Note on the mental hospitals in Burma - 1925-1940
Year: 1925
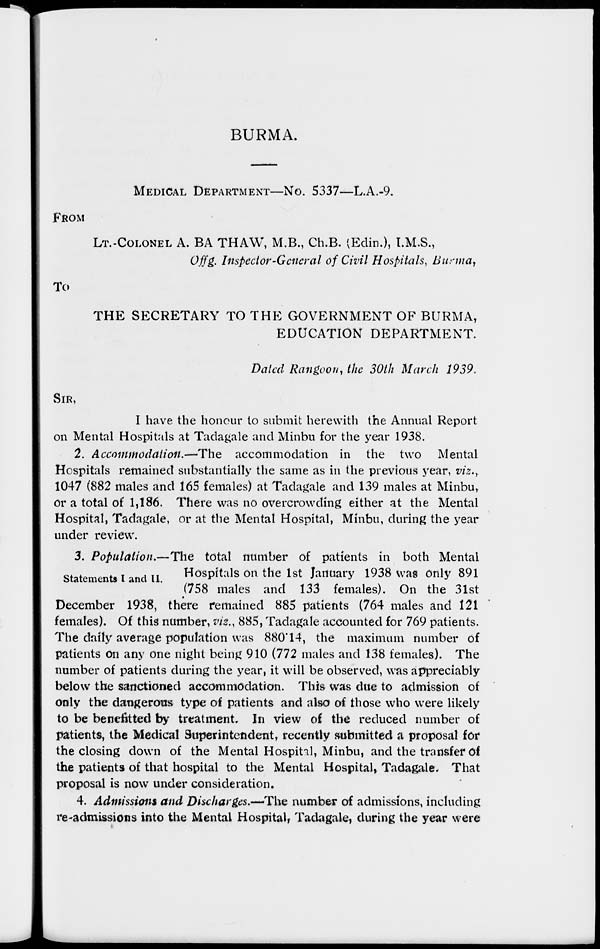
BURMA.
MEDICAL DEPARTMENT—No. 5337—L.A.-9.
FROM
LT.-COLONEL A. BA THAW, M.B., Ch.B. (Edin.), I.M.S.,
Offg. Inspector-General of Civil Hospitals, Burma,
To
THE SECRETARY TO THE GOVERNMENT OF BURMA,
EDUCATION DEPARTMENT.
Dated Rangoon, the 30th March 1939.
SIR,
I have the honour to submit herewith the Annual Report
on Mental Hospitals at Tadagale and Minbu for the year 1938.
2. Accommodation.—The
accommodation in the two Mental
Hospitals remained substantially the same as in the previous year, viz..,
1047 (882 males and 165 females) at Tadagale and 139 males at Minbu,
or a total of 1,186. There was no overcrowding either at the Mental
Hospital, Tadagale, or at the Mental Hospital, Minbu, during the year
under review.
3. Population.—The total number of patients in both Mental
Statements I and II.
Hospitals on the 1st January 1938 was only 891
(758 males and 133 females). On the 31st
December 1938, there remained 885 patients (764 males and 121
females). Of this number, viz., 885, Tadagale accounted for 769 patients.
The daily average population was 880.14, the maximum number of
patients on any one night being 910 (772 males and 138 females). The
number of patients during the year, it will be observed, was appreciably
below the sanctioned accommodation. This was due to admission of
only the dangerous type of patients and also of those who were likely
to be benefitted by treatment. In view of the reduced number of
patients, the Medical Superintendent, recently submitted a proposal for
the closing down of the Mental Hospital, Minbu, and the transfer of
the patients of that hospital to the Mental Hospital, Tadagale. That
proposal is now under consideration.
4. Admissions and Discharges.—The number of admissions, including
re-admissions into the Mental Hospital, Tadagale, during the year were